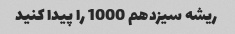
ریشه سیزدهم 1000 را پیدا کنید